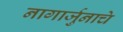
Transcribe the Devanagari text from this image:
नागार्जुनाचे